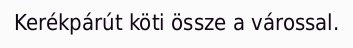
Kerékpárút köti össze a várossal.